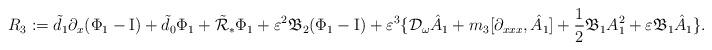
LaTeX: \begin{align*}R_3:=\tilde{d}_1 \partial_x (\Phi_1-\mathrm{I})+\tilde{d}_0 \Phi_1+\tilde{\mathcal{R}}_* \Phi_1+\varepsilon^2 \mathfrak{B}_2 (\Phi_1-\mathrm{I})+\varepsilon^3 \{ \mathcal{D}_{\omega}\hat{A}_1+m_3 [\partial_{xxx}, \hat{A}_1]+\frac{1}{2} \mathfrak{B}_1 A_1^2+\varepsilon \mathfrak{B}_1 \hat{A}_1\}.\end{align*}